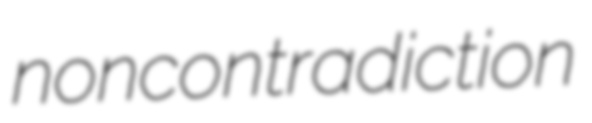
noncontradiction